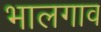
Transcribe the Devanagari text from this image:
भालगाव